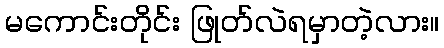
မကောင်းတိုင်း ဖြုတ်လဲရမှာတဲ့လား။